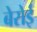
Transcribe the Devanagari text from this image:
बेरोई